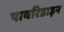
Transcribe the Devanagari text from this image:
पायरिडाइन